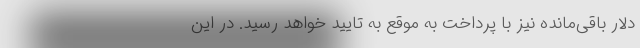
دلار باقی‌مانده نیز با پرداخت به موقع به تایید خواهد رسید. در این